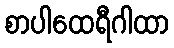
စာပါထေရီဂါထာ